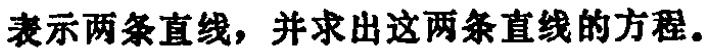
表示两条直线，并求出这两条直线的方程。